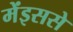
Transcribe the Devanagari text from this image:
मेंइससे